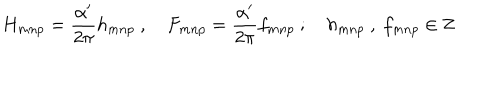
H _ { m n p } = \frac { \alpha ^ { \prime } } { 2 \pi } h _ { m n p } \ , \quad F _ { m n p } = \frac { \alpha ^ { \prime } } { 2 \pi } f _ { m n p } \ ; \quad h _ { m n p } \ , \ f _ { m n p } \in { \bf Z }